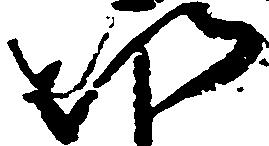
以